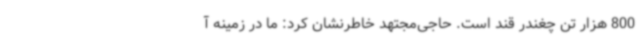
800 هزار تن چغندر قند است. حاجی‌مجتهد خاطرنشان کرد: ما در زمینه آ